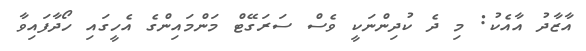
އާޒާދު އާއެކު: މި ދެ ކުދިންނަކީ ވެސް ސަރަގޭޓް މަންމައިންގެ އެހީގައި ހޯދާފައިވާ